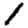
Digit: 1